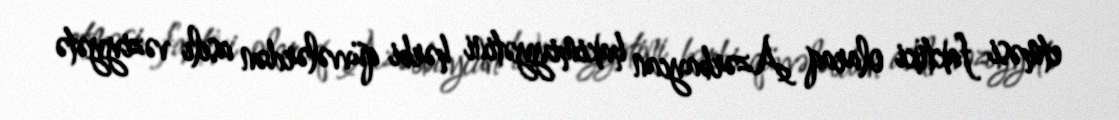
etməsi faktiki olaraq Azərbaycan hakimiyyətini hərbi qüvvələrdən asılı vəziyyətə